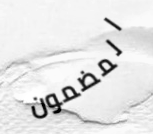
المضمون